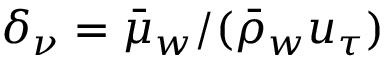
\delta _ { \nu } = \bar { \mu } _ { w } / ( \bar { \rho } _ { w } u _ { \tau } )